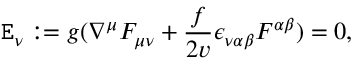
\mathtt { E } _ { \nu } : = { g } ( \nabla ^ { \mu } F _ { \mu \nu } + \frac { f } { { 2 } v } \epsilon _ { \nu \alpha \beta } F ^ { \alpha \beta } ) = 0 ,